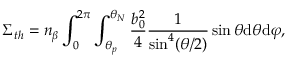
\Sigma _ { t h } = n _ { \beta } \int _ { 0 } ^ { 2 \pi } \int _ { \theta _ { p } } ^ { \theta _ { N } } \frac { b _ { 0 } ^ { 2 } } { 4 } \frac { 1 } { \sin ^ { 4 } ( \theta / 2 ) } \sin \theta \mathrm { d } \theta \mathrm { d } \varphi ,